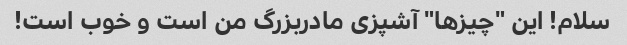
سلام! این "چیزها" آشپزی مادربزرگ من است و خوب است!